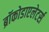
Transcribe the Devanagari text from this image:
ब्रॉकोडाएलेटर्स